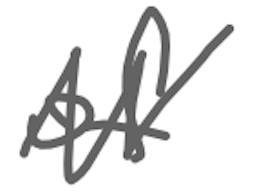
Text: of
Cross-out: zig-zag
Writing tool: digital_gray